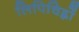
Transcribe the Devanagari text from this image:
लिपिचिह्नों